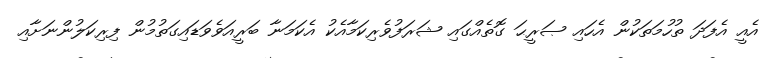
އެއީ އެފަދަ ތުހުމަތަކުން އެހައި ޞަރީޙަ ގޮތެއްގައި ޝަރަފުވެރިކަމާއެކު އެކަމަނާ ބަރީއަވެވަޑައިގަތުމުން ފިރިކަލުންނަށާއި